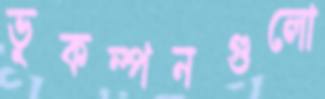
ভূকম্পনগুলো